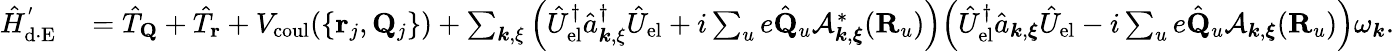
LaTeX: \begin{array}{rl}{\hat{H}_{\mathrm{d\cdot E}}^{'}}&{{}=\hat{T}_{\mathbf Q}+\hat{T}_{\mathbf r}+V_{\mathrm{coul}}(\{ {{\mathbf r}_{j},{\mathbf Q}_{j}}\} )+\sum_{{\boldsymbol k},{\mathbf\xi}}\Big(\hat{U}_{\mathrm{el}}^{\dagger}\hat{a}_{{\boldsymbol k},{\mathbf\xi}}^{\dagger}\hat{U}_{\mathrm{el}}+i\sum_{u}e\hat{\mathbf Q}_{u}\mathcal{A}_{{\boldsymbol k},{\boldsymbol\xi}}^{*}({\mathbf R}_{u})\Big)\Big(\hat{U}_{\mathrm{el}}^{\dagger}\hat{a}_{{\boldsymbol k},{\boldsymbol{\xi}}}\hat{U}_{\mathrm{el}}-i\sum_{u}e\hat{\mathbf Q}_{u}\mathcal{A}_{{\boldsymbol k},{\boldsymbol\xi}}({\mathbf R}_{u})\Big)\omega_{\boldsymbol k}.}\end{array}